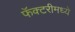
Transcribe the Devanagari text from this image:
फॅक्टरीमध्ये